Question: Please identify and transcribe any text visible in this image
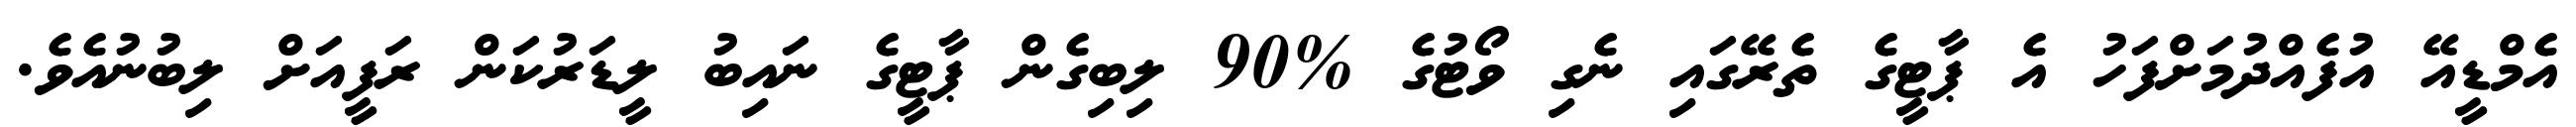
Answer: އެމްޑީއޭ އުފެއްދުމަށްފަހު އެ ޕާޓީގެ ތެރޭގައި ނެގި ވޯޓުގެ %90 ލިބިގެން ޕާޓީގެ ނައިބު ލީޑަރުކަން ރަފީއަށް ލިބުނުއެވެ.